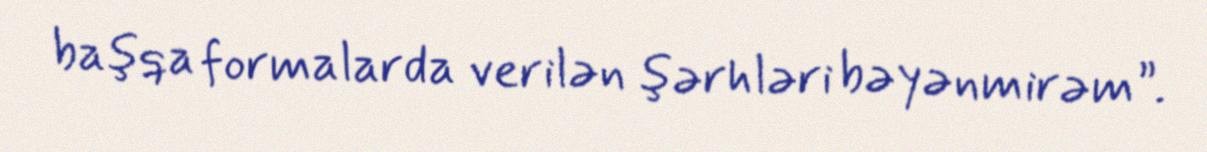
başqa formalarda verilən şərhləri bəyənmirəm”.